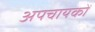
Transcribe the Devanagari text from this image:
अपचायकों